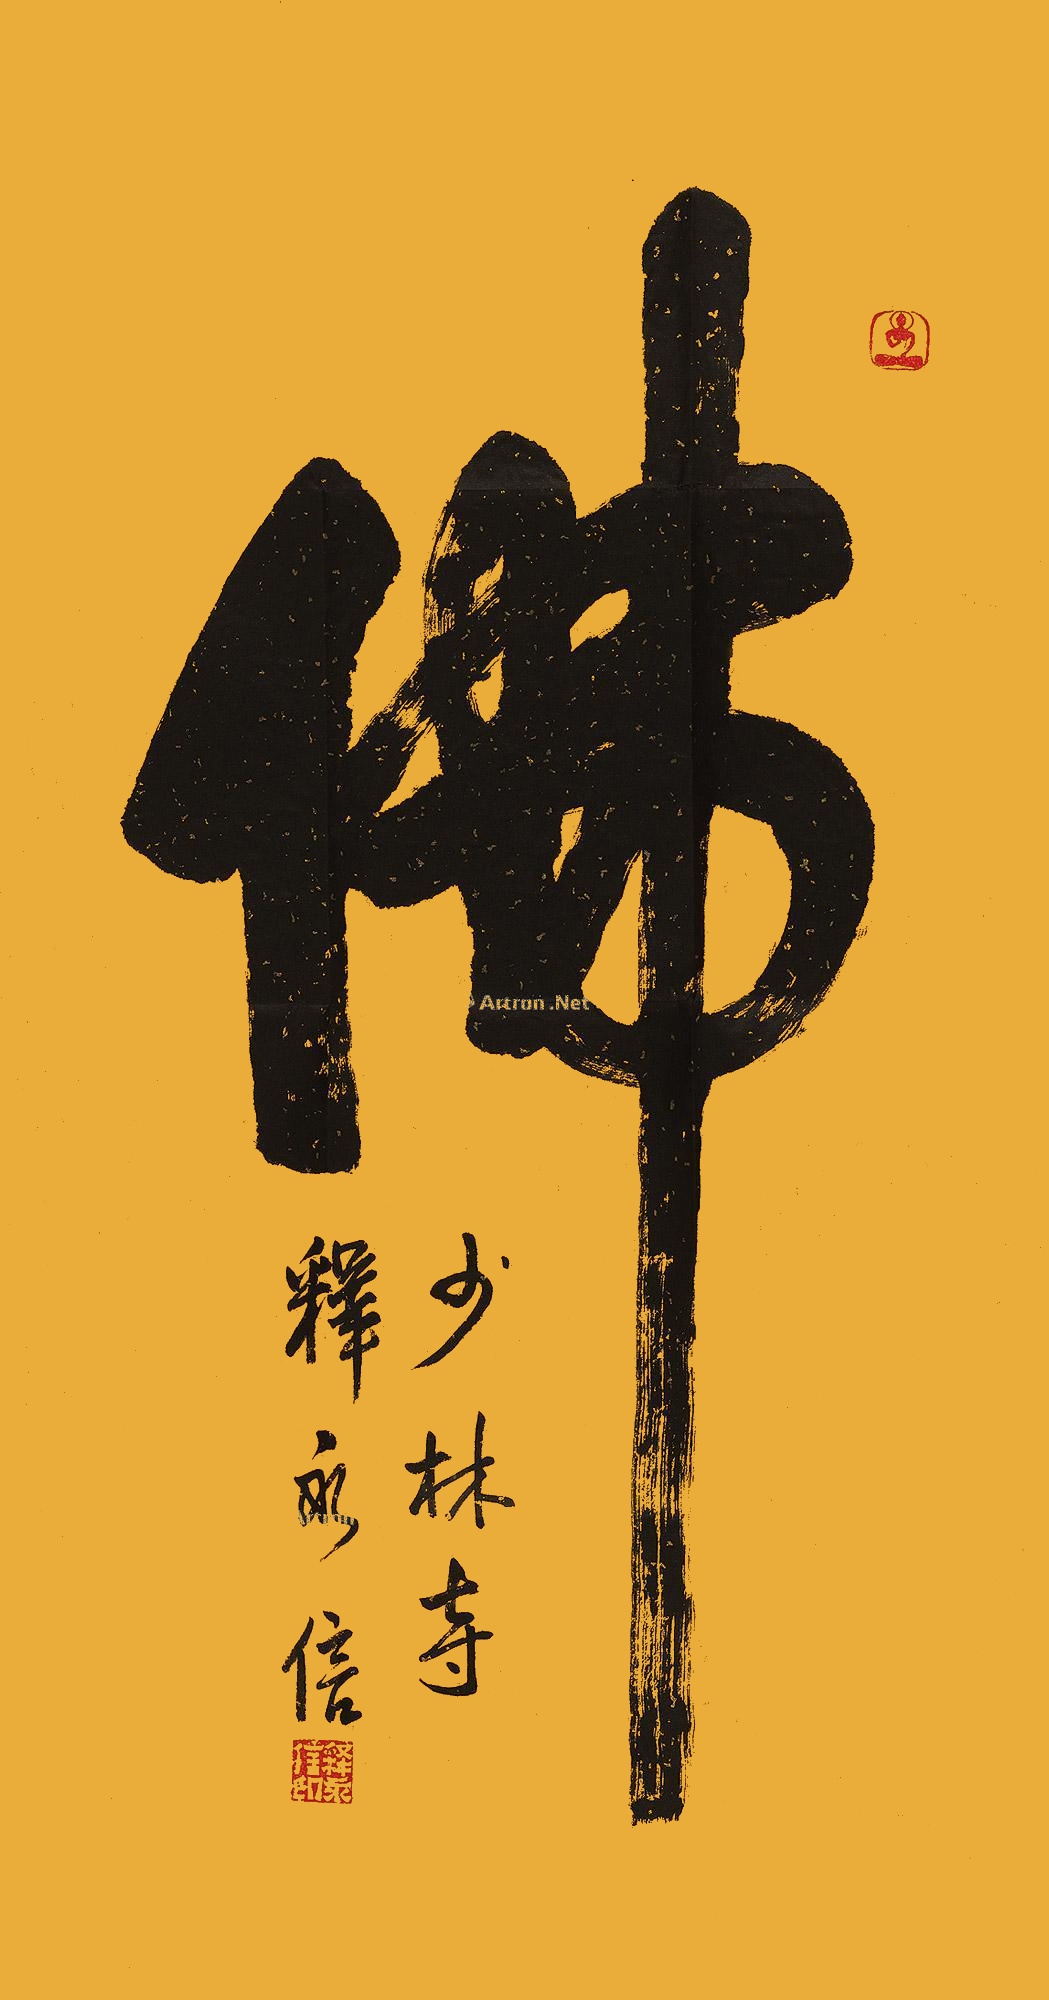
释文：佛少林寺释永信。